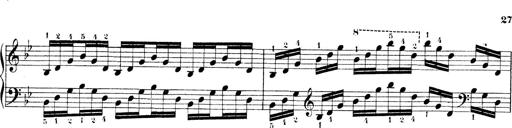
Title: Technische Studien
Composer: Franz Liszt